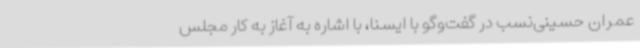
عمران حسینی‌نسب در گفت‌وگو با ایسنا، با اشاره به آغاز به کار مجلس